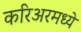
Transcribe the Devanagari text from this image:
करिअरमध्ये